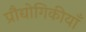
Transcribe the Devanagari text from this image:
प्रौद्योगिकीयाँ